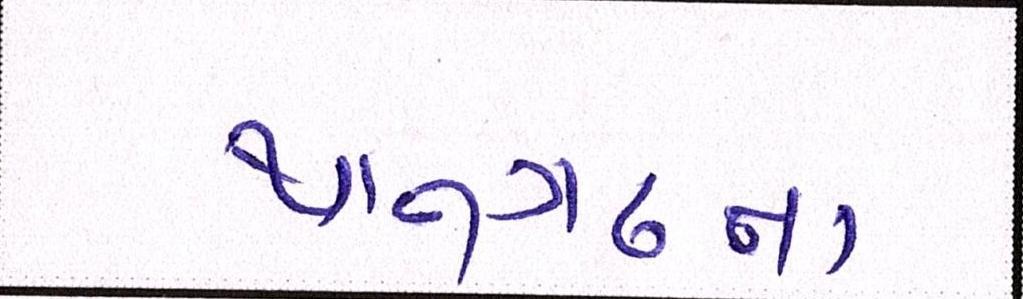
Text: થાનગઢના